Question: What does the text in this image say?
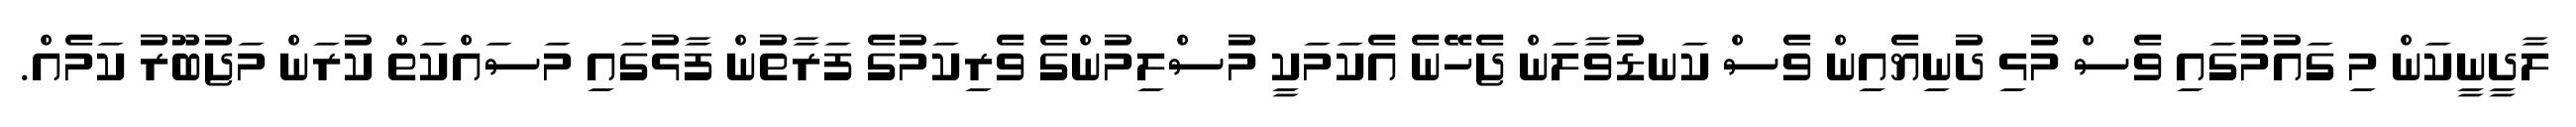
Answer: ލާދީނީކަން މި ގައުމުގައި ވެސް މުޅި ދުނިޔެއިން ވެސް ކަނޑުވާލަން ޖެހޭނެ އެކަމަކީ މުސްލިމުންގެ ވެރިކަމުގެ ފަރާތުން ފާޅުގައި މަސައްކަތް ކުރަން މަޖުބޫރު ކަމެއް.